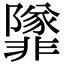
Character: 𩈁